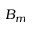
B _ { m }